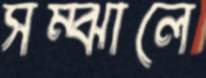
সম্‌ঝালে